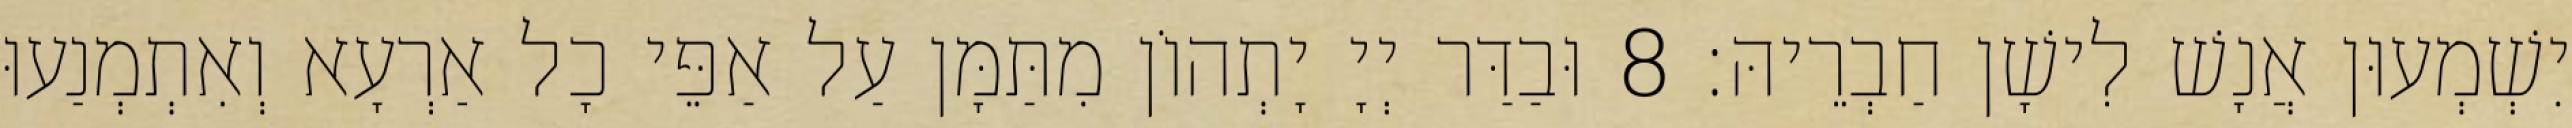
יִשְׁמְעוּן אֲנָשׁ לִישָׁן חַבְרֵיהּ׃ 8 וּבַדַּר יְיָ יָתְהוֹן מִתַּמָּן עַל אַפֵּי כָל אַרְעָא וְאִתְמְנַעוּ